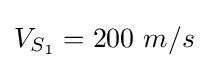
V_{S_{1}}=200~m/s